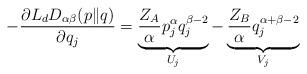
LaTeX: \begin{align*}-\frac{\partial L_{d}D_{\alpha\beta}(p\|q)}{\partial q_{j}}=\underbrace{\frac{Z_{A}}{\alpha}p^{\alpha}_{j}q^{\beta-2}_{j}}_{U_{j}}-\underbrace{\frac{Z_{B}}{\alpha}q^{\alpha+\beta-2}_{j}}_{V_{j}}\end{align*}